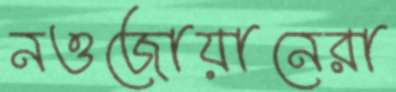
নওজোয়ানেরা